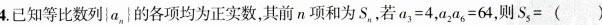
4.已知等比数列\left{a_{n}\right}的各项均为正实数，其前n项和为S_{n}，若$$a _ { 3 } = 4$$，$$a _ { 2 } a _ { 6 } = 6 4$$，则$$S _ { 5 } =$$ ( )